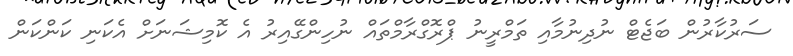
ސަރުކާރުން ބަޖެޓް ނުދިނުމާއި ތަމްރީނު ޕްރޮގްރާމްތައް ނުހިންގޭއިރު އެ ކޮމިޝަނަށް އެކަނި ކަންކަން